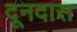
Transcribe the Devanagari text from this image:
दूनदास